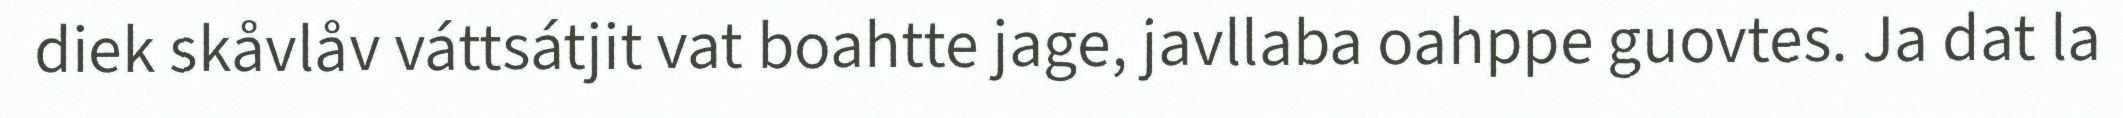
diek skåvlåv váttsátjit vat boahtte jage, javllaba oahppe guovtes. Ja dat la